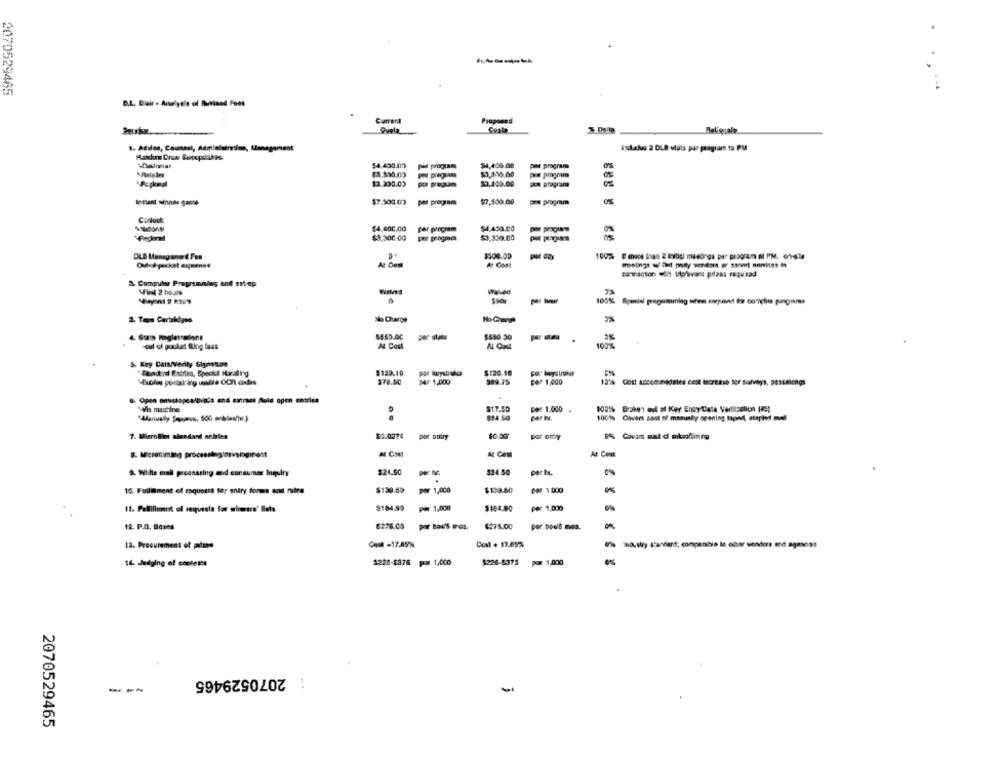
2070529465
D.L. Blair - Analyele of Revised Fees
Carrent
Proposed
Quela
Baliguale
Indlake 2 DLB vlals par program to PM
Wainnar
$4.400.00
$4,400.00
pod program
$3,200.00
pa program
$3.230.00
$3,400.00
Cts program
lenant winner garte
$7.500.03
per program
$7,500.00
pos prognun
$4,400.00
$4,450.00
por proguan
$3,300.00
per progno
$3,330.00
DLE Manage & Fun
por day
At Dest
At COM
meetings wiled peaty vendors or ssoort services in
sannaction sil toplvans prizes raquisad
& Computer Programnles and sit-up
Walved
Spor
100% Aperial pregemming when sarpined for complin pungsama
2. Taps Cartridges
No Charge
4 Stats Ragletrasone
$$55.00
$550.50
0%
-out of packat fling lass
At Cost
100%
S. Key Darfverity Signature
"-Elundnd Estries, Bpocket Handling
$120.19
par kuystrdla
$120.10
HExolos postalring unbia OCH codes
$78.50
M4F 1,000
por 1.000
12% Cost accommodates cest increase for surveys, pessmiongs
Open onkelopenben's and extraes Mold open entries
WWla machine
$17.50
Der 1.000
100% Brcken eol ol Key Enty Data Verticalicn (S)
..
534.5G
1001% Covers cost of manualy opening lapad, staphdf muell
$0.0274
por antry
por ottry
7. BleroBilim alendand anirien
8. Microtiming processlaginivelogmest
AL Cost
At Cost
9. White mal possasing and consumer Inquiry
$24.50
$24.50
per hu.
0%
10. Fulltiment of esquesta for entry forms and rutes
$130.50
por 1,000
$133.50
PO 1.000
11. Fallillent of requesta for siomara' liets
3184.90
P# 1,000
$184.00
per 1,000
0%
12 P.O. Boxes
8276.00
por bow's moz.
$275.00
por boels moa.
-
13. Procurement of petsse
CAMA -17:45%
Cost + 17.65%
wed,stry standard; companhia to ccar vendors and agesoss
16. Judging of contents
1228-$376 por 1,000
$226-8375
por 1,000
: 2070529465
---
2070529465